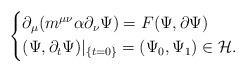
LaTeX: \begin{align*} \begin{cases*} \partial_{\mu} (m^{\mu \nu}\alpha\partial_{\nu}\Psi)=F(\Psi,\partial \Psi)\\ (\Psi,\partial_t \Psi)|_{\{t=0\}}=(\Psi_0, \Psi_1) \in \mathcal{H}. \end{cases*} \end{align*}